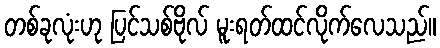
တစ်ခုလုံးဟု ပြင်သစ်ဗိုလ် မူးရတ်ထင်လိုက်လေသည်။